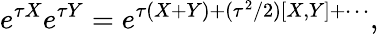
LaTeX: e^{\tau X}e^{\tau Y}=e^{\tau(X+Y)+(\tau^{2}/2)[X,Y]+\cdots},